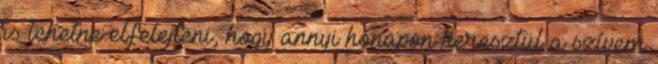
is lehetne elfelejteni, hogy annyi hónapon keresztül a szívem